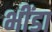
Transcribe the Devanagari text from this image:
भींडा